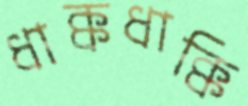
ধাক্কধাক্কি